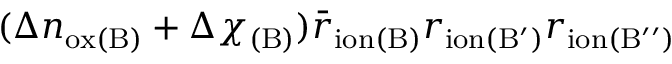
( \Delta n _ { \mathrm { o x ( B ) } } + \Delta \chi _ { \mathrm { ( B ) } } ) \bar { r } _ { \mathrm { i o n ( B ) } } r _ { \mathrm { i o n ( B ^ { \prime } ) } } r _ { \mathrm { i o n ( B ^ { \prime \prime } ) } }